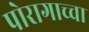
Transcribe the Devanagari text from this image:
पोरागाच्चा